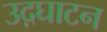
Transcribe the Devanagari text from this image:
उद़घाटन